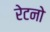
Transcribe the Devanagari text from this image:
रेटनो